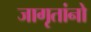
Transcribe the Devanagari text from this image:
जागृतांनो